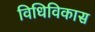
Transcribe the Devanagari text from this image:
विधिविकास